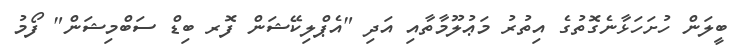
ބީލަން ހުށަހަޅާނެގޮތުގެ އިތުރު މަޢުލޫމާތާއި އަދި "އެޕްލިކޭޝަން ފޮރ ބިޑް ސަބްމިޝަން" ފޯމު